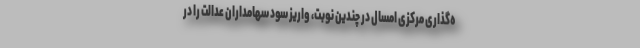
ه‌گذاری مرکزی امسال در چندین نوبت، واریز سود سهامداران عدالت را در